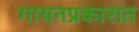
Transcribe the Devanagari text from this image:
गायनप्रकारात